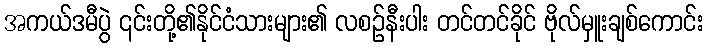
အကယ်ဒမီပွဲ ၎င်းတို့၏နိုင်ငံသားများ၏ လစဉ်နီးပါး တင်တင်ခိုင် ဗိုလ်မှူးချစ်ကောင်း